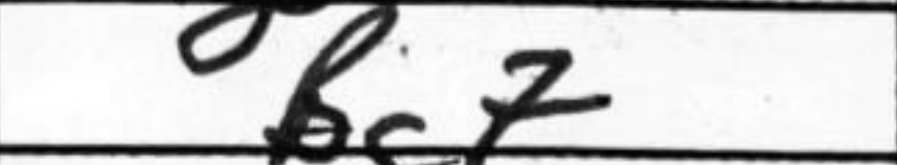
Transcription: Bg7